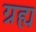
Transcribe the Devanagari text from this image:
ग्रह्य